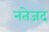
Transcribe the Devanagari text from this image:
नतेजद